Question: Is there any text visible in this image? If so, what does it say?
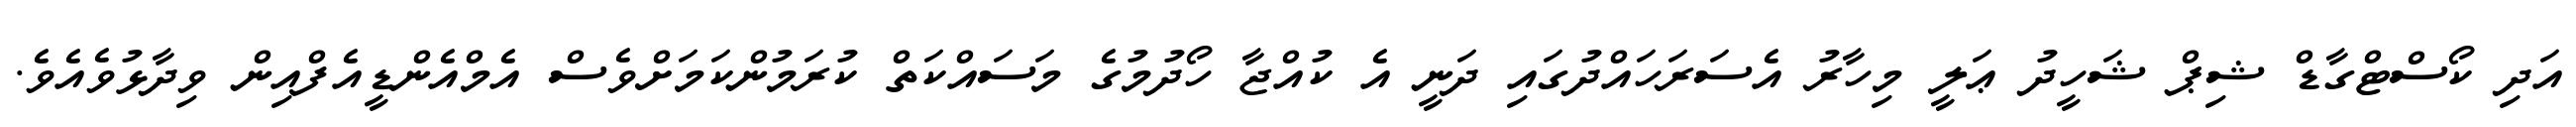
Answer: އަދި ކޯސްޓްގާޑް ޝިޕް ޝަހީދު ޢަލީ މިހާރު އެސަރަހައްދުގައި ދަނީ އެ ކުއްޖާ ހޯދުމުގެ މަސައްކަތް ކުރަމުންކަމަށްވެސް އެމްއެންޑީއެފްއިން ވިދާޅުވެއެވެ.